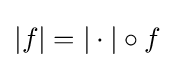
|f|=|\cdot |\circ f